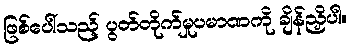
ဖြစ်ပေါ်သည့် ပွတ်တိုက်မှုပမာဏကို ချိန်ညှိပါ။